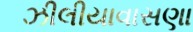
ઝીલીયાવાસણા